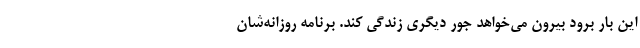
این بار برود بیرون می‌خواهد جور دیگری زندگی کند. برنامه روزانه‌شان